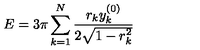
E = 3 \pi \sum _ { k = 1 } ^ { N } \frac { r _ { k } y _ { k } ^ { ( 0 ) } } { 2 \sqrt { 1 - r _ { k } ^ { 2 } } }